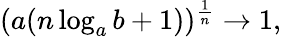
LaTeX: (a(n\log_{a}b+1))^{\frac{1}{n}}\to 1,